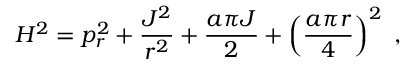
H ^ { 2 } = p _ { r } ^ { 2 } + { \frac { J ^ { 2 } } { r ^ { 2 } } } + { \frac { a \pi J } { 2 } } + \left( { \frac { a \pi r } { 4 } } \right) ^ { 2 } \ ,